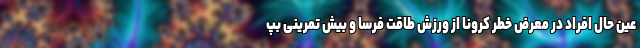
عین حال افراد در معرض خطر کرونا از ورزش طاقت فرسا و بیش تمرینی بپ